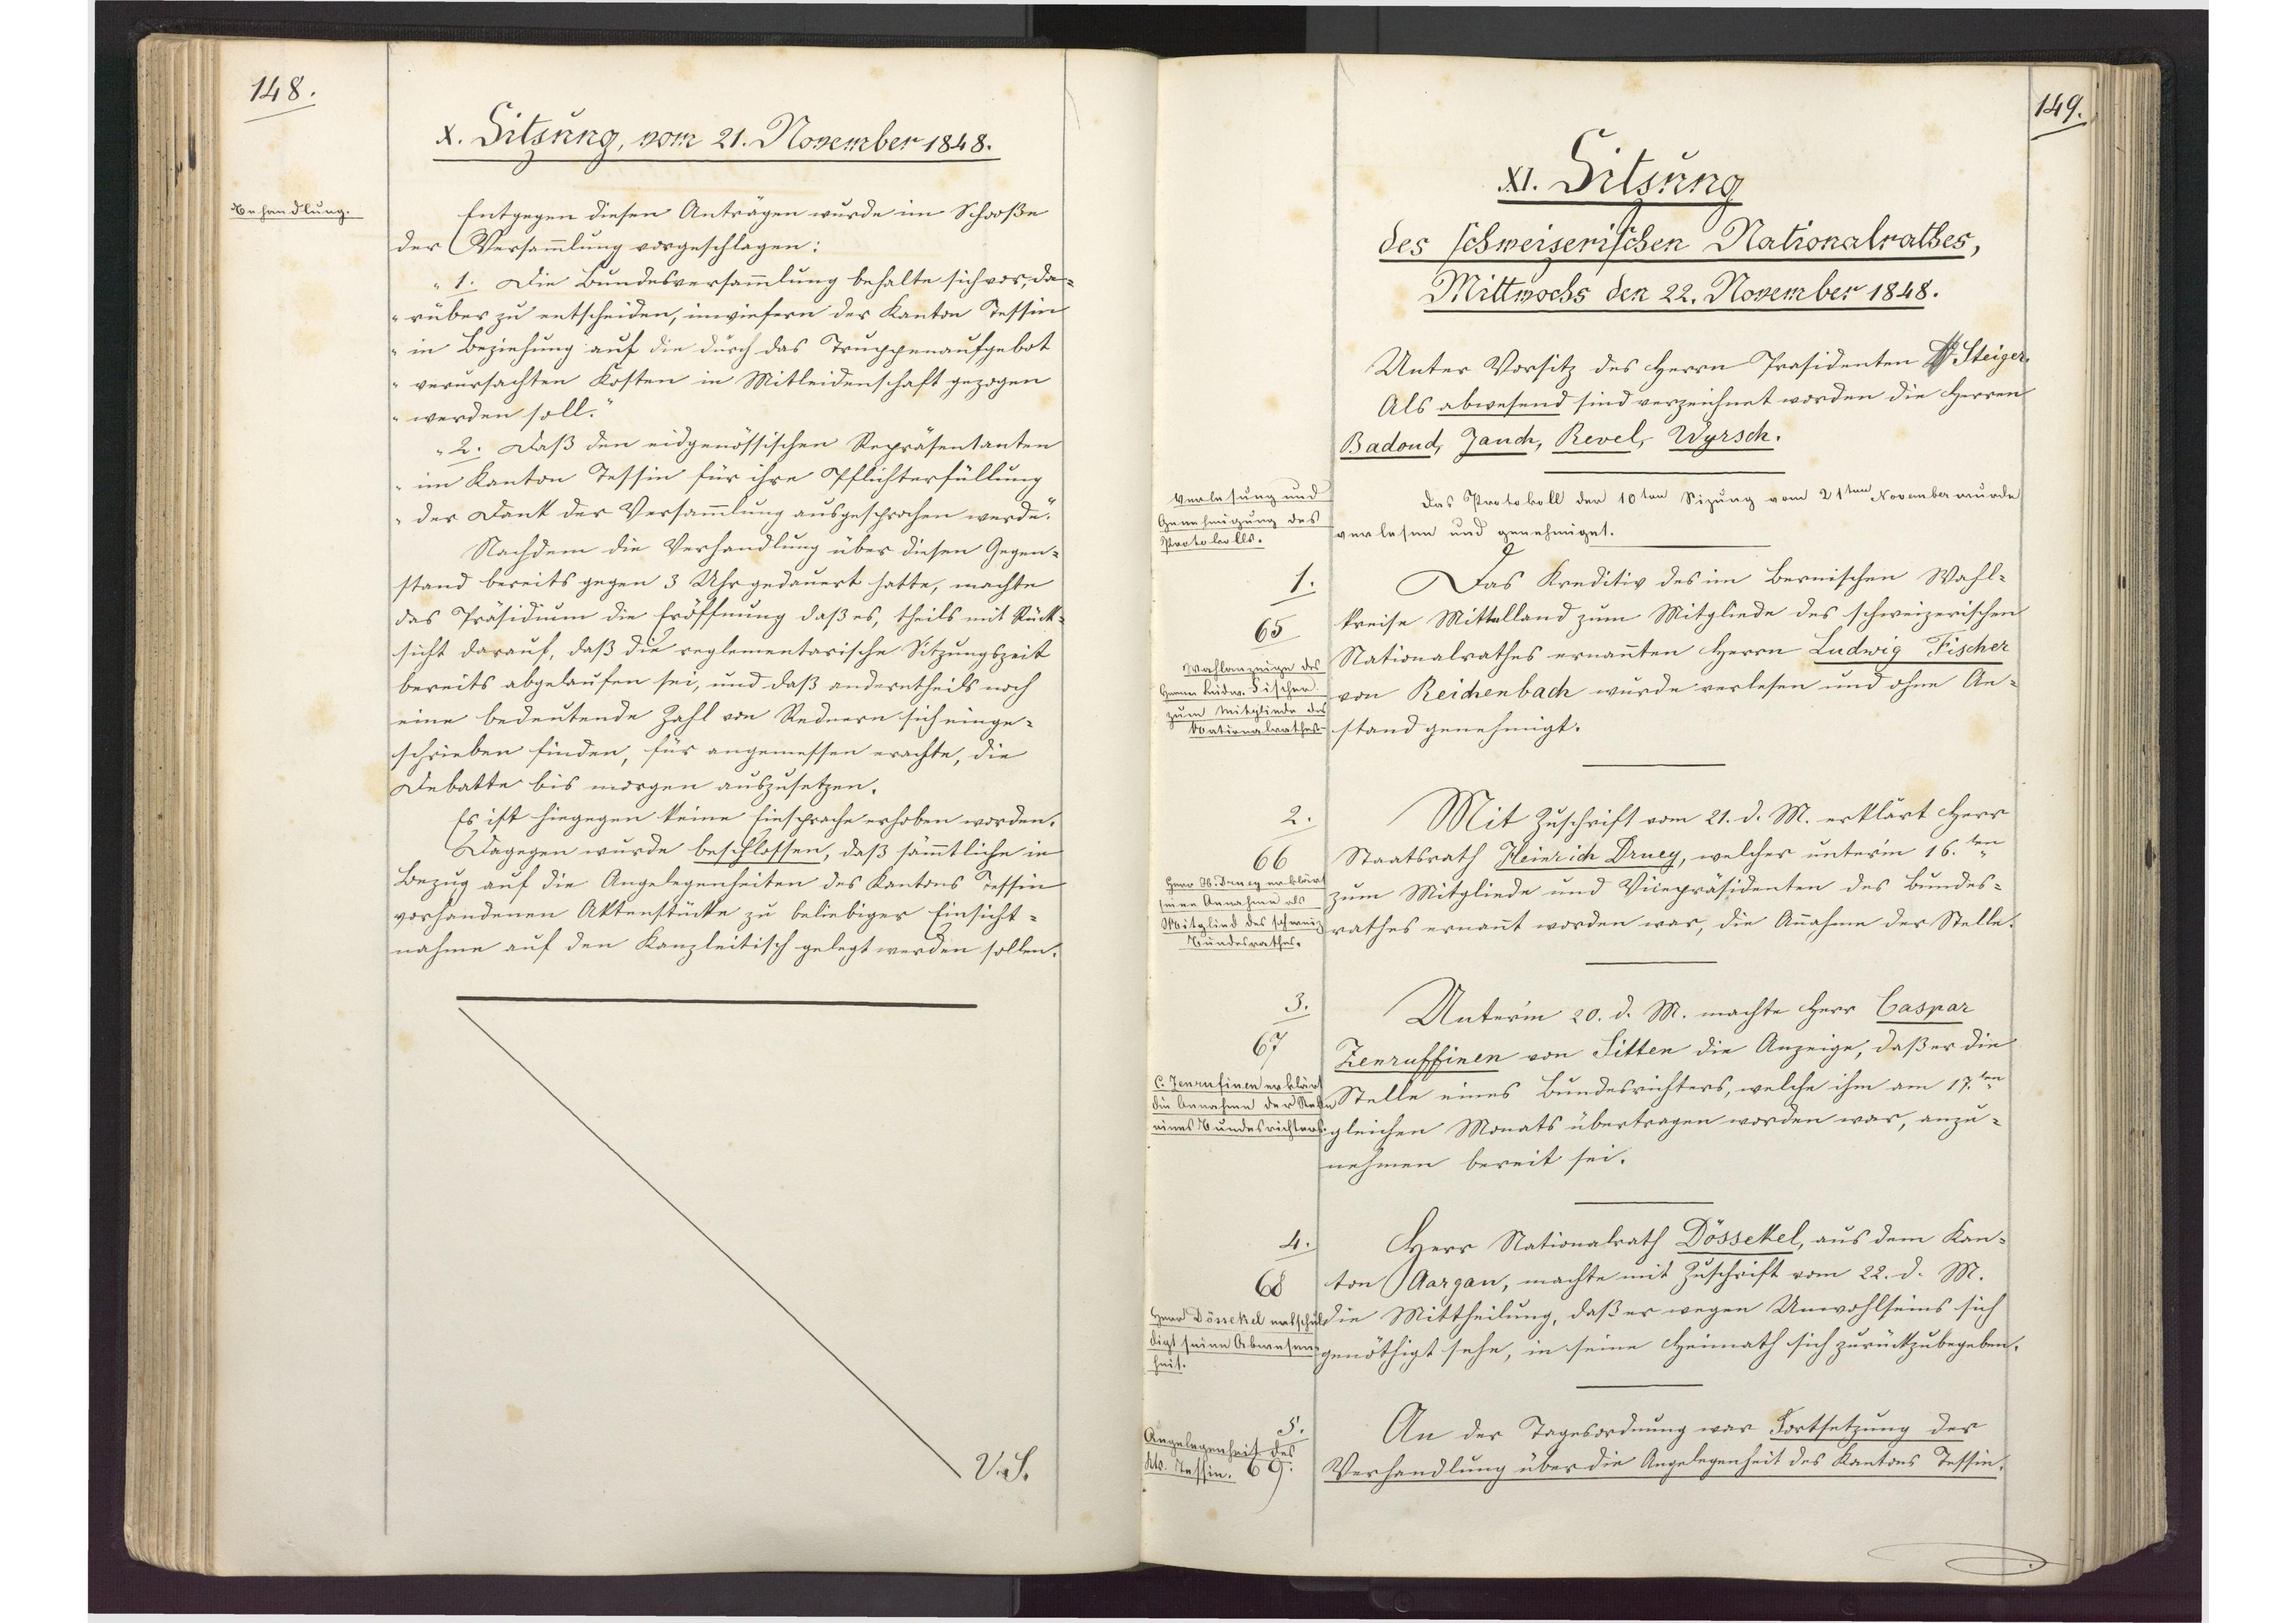
149.

XI. Sitzung
des schweizerischen Nationalrathes,
Mittwochs den 22. November 1848.

Unter Vorsitz des Herrn Präsidenten Dr. Steiger.
Als abwesend sind verzeichnet worden die Herren
Badoud, Jauch, Revel, Wyrsch.
Das Protokoll den 10.ten Sizung vom 21ten November wurde
verlesen und genehmigt.
Das Kreditiv des im Bernischen Wahl¬
kreise Mittelland zum Mitgliede des schweizerischen
Nationalrathes ernannten Herrn Ludwig Fischer
von Reichenbach wurde verlesen und ohne An¬
stand genehmigt.
Mit Zuschrift vom 21. d. M. erklärt Herr
Staatsrath Heinrich Druey, welcher unterm 16.ten
zum Mitgliede und Vicepräsidenten des Bundes¬
rathes ernannt worden war, die Annahme der Stelle.
Unterm 20. d. M. machte Herr Caspar
Zenruffinen von Sitten die Anzeige, daß er die
Stelle eines Bundesrichters, welche ihm am 17.ten
gleichen Monats übertragen worden war, anzu¬
nehmen bereit sei.
Herr Nationalrath Dössekel, aus dem Kan¬
ton Aargau, machte mit Zuschrift vom 22. d. M.
die Mittheilung, daß er wegen Unwohlseins sich
genöthigt sehe, in seine Heimath sich zurückzubegeben.
An der Tagesordnung war Fortsetzung der
Verhandlung über die Angelegenheit des Kantons Tessin.

Verlesung und
Genehmigung des
Protokolls.

1.
65.
Wahlanzeige des
Herrn Ludw. Fischer
zum Mitgliede des
Nationalrathes.

2.
66.
Herr H. Druey erklärt
seine Annahme als
Mitglied des schweiz.
Bundesrathes.
3.
67
C. Zenrufinen erklärt
die Annahme der Stelle
eines Bundesrichters.

4.
68
Herr Dössekel entschul¬
digt seine Abwesen¬
heit.

5.
69
Angelegenheit des
Kts. Tessin.